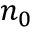
n _ { 0 }